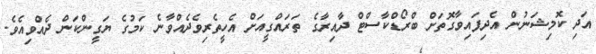
އަދި ކޮމިޝަނުން އެދިފައިވާގޮތަށް ބްރޯޑްކާސްޓް ދާއިރާގެ ތަރައްގީއަށް އެހީތެރިވެދެއްވާނެ ކަމުގެ ޔަގީންކަން ދެއްވިއެވެ.